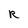
Character: R